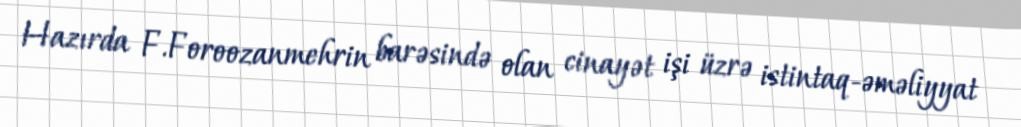
Hazırda F.Foroozanmehrin barəsində olan cinayət işi üzrə istintaq-əməliyyat